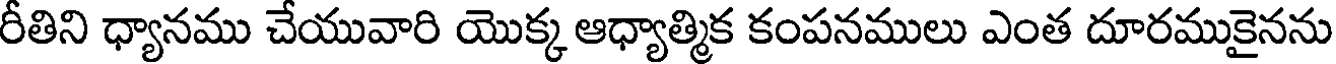
రీతిని ధ్యానము చేయువారి యొక్క ఆధ్యాత్మిక కంపనములు ఎంత దూరముకైనను